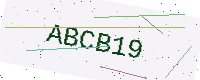
Text: ABCB19